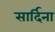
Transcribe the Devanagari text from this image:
सार्दिना